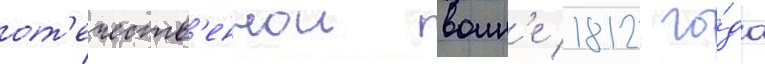
от'ечеств'еннои воин'е 1812 го́да